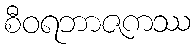
စီဝရဘာဇကဿ